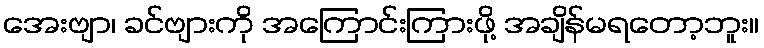
အေးဗျာ၊ ခင်ဗျားကို အကြောင်းကြားဖို့ အချိန်မရတော့ဘူး။